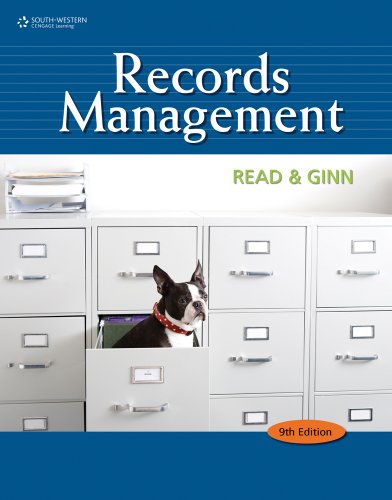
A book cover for Records Management Student Instruction Manual; Judith Read; Business & Money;